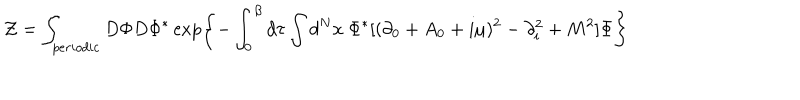
{ \cal Z } = \int _ { p e r i o d i c } D \Phi D \Phi ^ { \ast } \exp \left\{ - \int _ { 0 } ^ { \beta } d \tau \int d ^ { N } x \ \Phi ^ { \ast } [ ( \partial _ { 0 } + A _ { 0 } + i \mu ) ^ { 2 } - \partial _ { i } ^ { 2 } + M ^ { 2 } ] \Phi \right\}